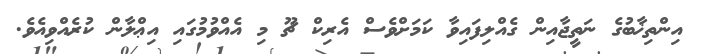
އިންތިޚާބުގެ ނަތީޖާއިން ގެއްލިފައިވާ ކަމަށްވެސް އެރިކް ޗޫ މި އެއްވުމުގައި އިޢްލާން ކުރެއްވިއެވެ.